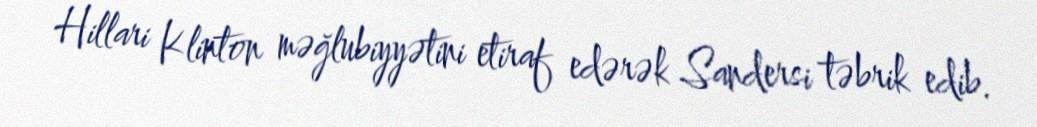
Hillari Klinton məğlubiyyətini etiraf edərək Sandersi təbrik edib.